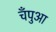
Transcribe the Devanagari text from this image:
चँपुआ